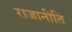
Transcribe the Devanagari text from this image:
राजानीति